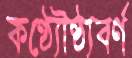
কণ্ঠ্যৌষ্ঠ্যবর্ণ